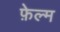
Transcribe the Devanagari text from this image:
फ़ेल्म